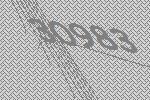
30983